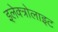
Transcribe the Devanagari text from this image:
इलेक्त्रोलाइट